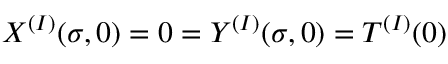
X ^ { ( I ) } ( \sigma , 0 ) = 0 = Y ^ { ( I ) } ( \sigma , 0 ) = T ^ { ( I ) } ( 0 )